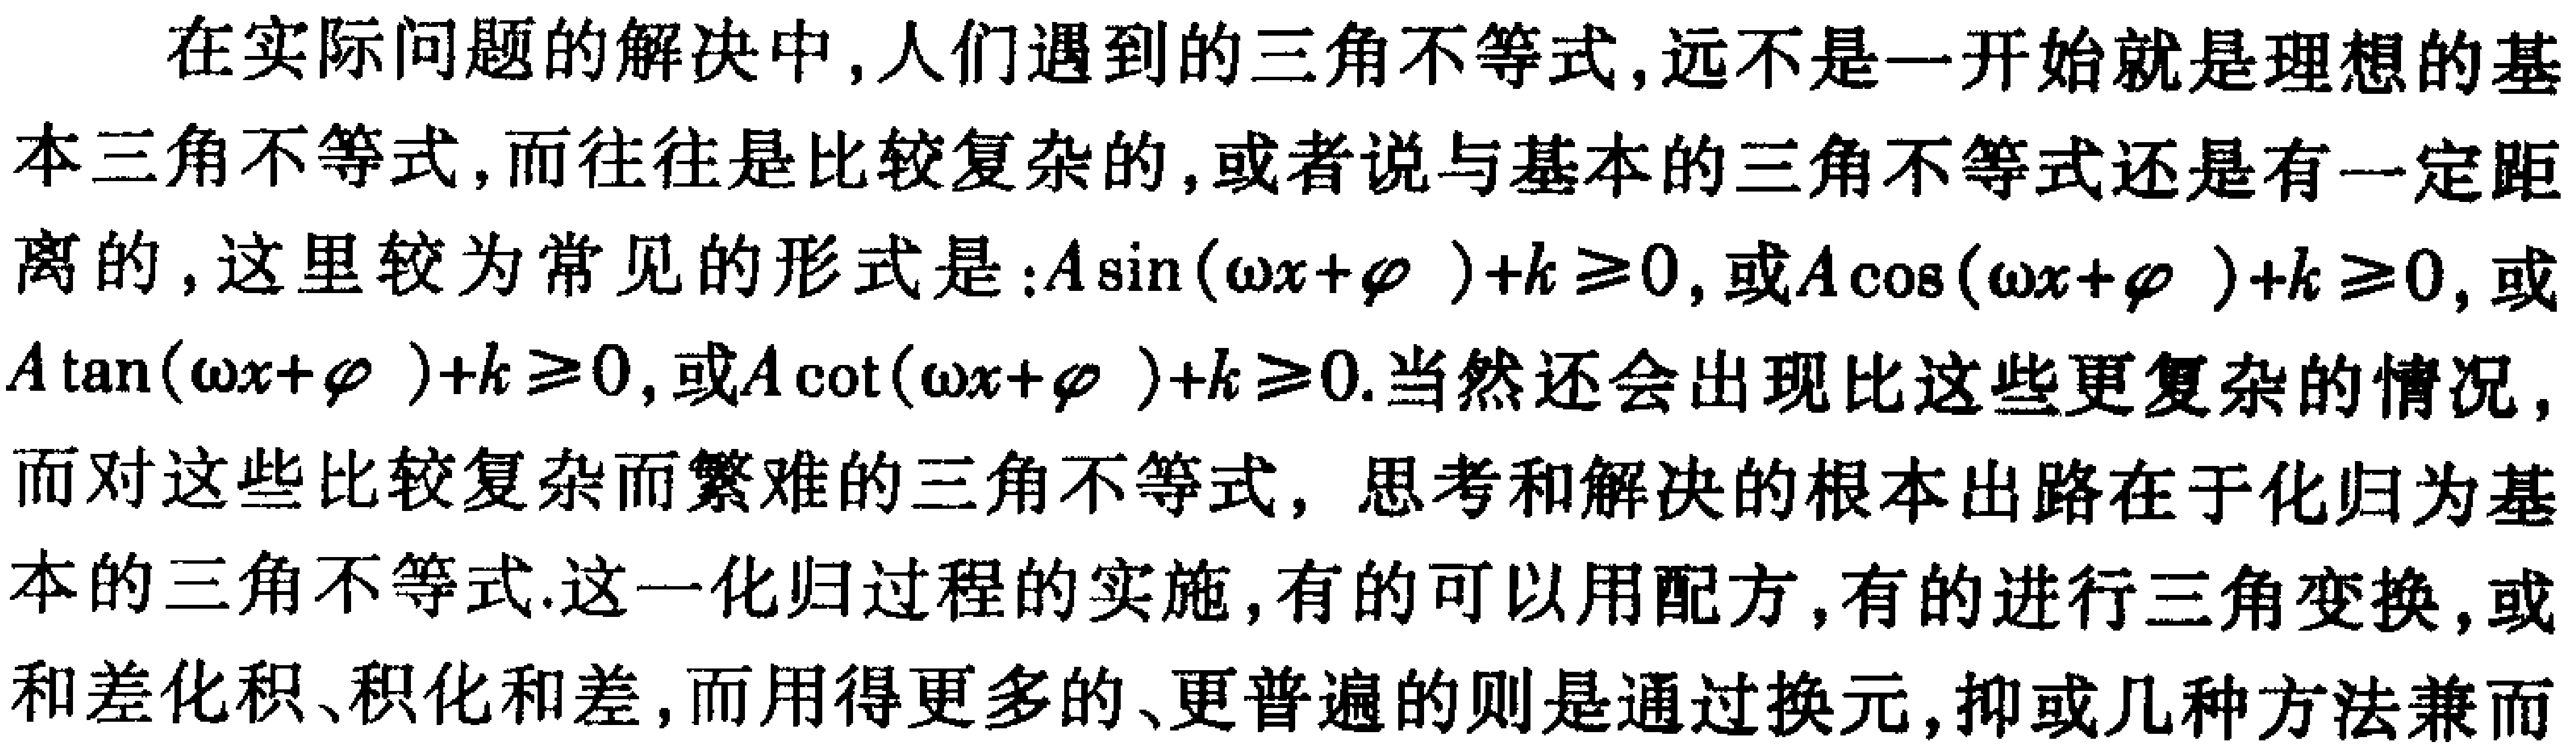
在实际问题的解决中,人们遇到的三角不等式,远不是一开始就是理想的基本三角不等式,而往往是比较复杂的,或者说与基本的三角不等式还是有一定距离的,这里较为常见的形式是：\(A\sin(\omega x+\varphi ) + k\geq0\),或\(A\cos(\omega x+\varphi ) + k\geq0\),或\(A\tan(\omega x+\varphi ) + k\geq0\),或\(A\cot(\omega x+\varphi ) + k\geq0\).当然还会出现比这些更复杂的情况,而对这些比较复杂而繁难的三角不等式, 思考和解决的根本出路在于化归为基本的三角不等式.这一化归过程的实施,有的可以用配方,有的进行三角变换,或和差化积、积化和差,而用得更多的、更普遍的则是通过换元,抑或几种方法兼而